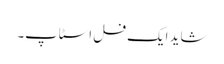
شاید ایک فل اسٹاپ۔